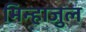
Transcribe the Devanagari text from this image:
मिन्हाजुल